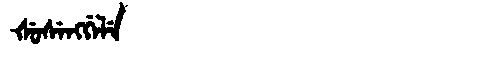
Manchu: ᡧᡠᠰᡝᠩᡤᡝᠯᡝ
Romanization: ŠUSENGGELE